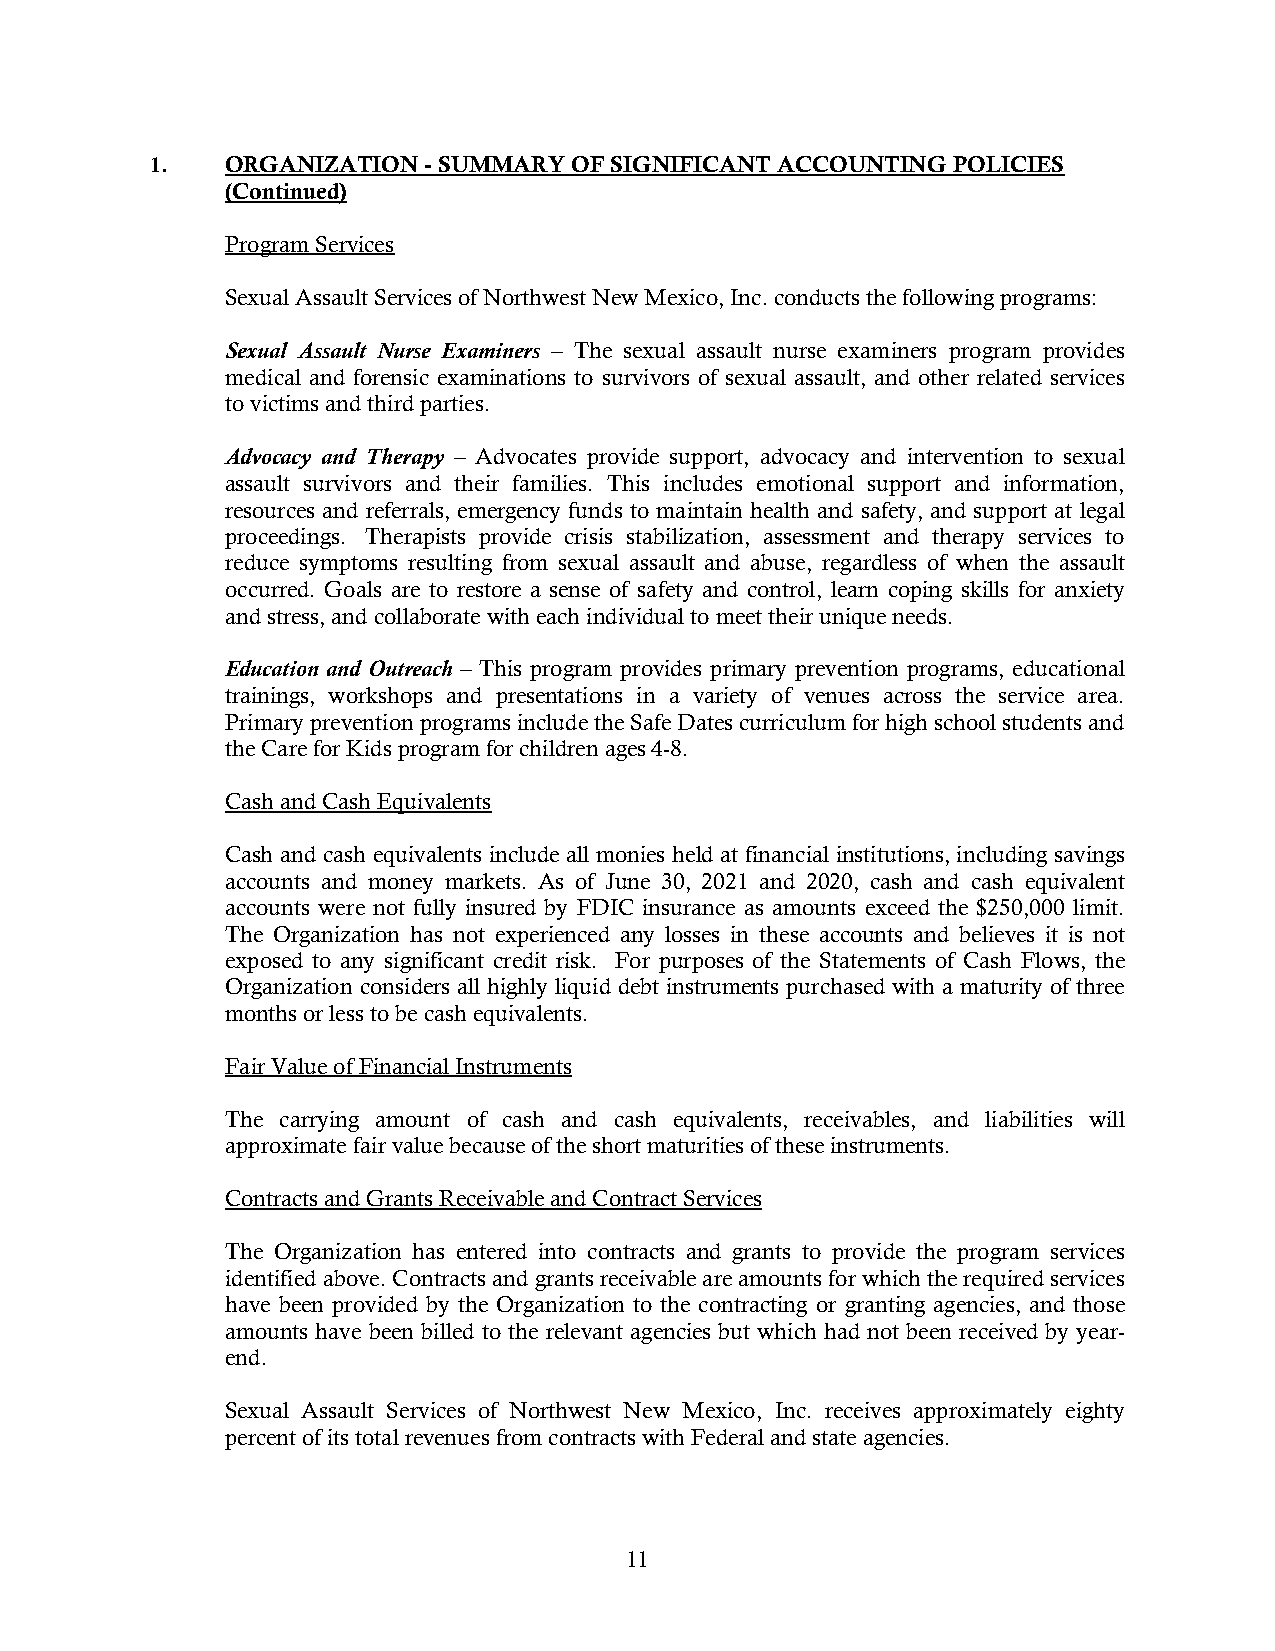
1.   ORGANIZATION - SUMMARY OF SIGNIFICANT ACCOUNTING POLICIES
 (Continued)
 Program Services
 Sexual Assault Services of Northwest New Mexico, Inc. conducts the following programs:
 Sexual Assault Nurse Examiners – The sexual assault nurse examiners program provides
 medical and forensic examinations to survivors of sexual assault, and other related services
 to victims and third parties.
 Advocacy and Therapy – Advocates provide support, advocacy and intervention to sexual
 assault survivors and their families. This includes emotional support and information,
 resources and referrals, emergency funds to maintain health and safety, and support at legal
 proceedings. Therapists provide crisis stabilization, assessment and therapy services to
 reduce symptoms resulting from sexual assault and abuse, regardless of when the assault
 occurred. Goals are to restore a sense of safety and control, learn coping skills for anxiety
 and stress, and collaborate with each individual to meet their unique needs.
 Education and Outreach – This program provides primary prevention programs, educational
 trainings, workshops and presentations in a variety of venues across the service area.
 Primary prevention programs include the Safe Dates curriculum for high school students and
 the Care for Kids program for children ages 4-8.
 Cash and Cash Equivalents
 Cash and cash equivalents include all monies held at financial institutions, including savings
 accounts and money markets. As of June 30, 2021 and 2020, cash and cash equivalent
 accounts were not fully insured by FDIC insurance as amounts exceed the $250,000 limit.
 The Organization has not experienced any losses in these accounts and believes it is not
 exposed to any significant credit risk. For purposes of the Statements of Cash Flows, the
 Organization considers all highly liquid debt instruments purchased with a maturity of three
 months or less to be cash equivalents.
 Fair Value of Financial Instruments
 The carrying amount of cash and cash equivalents, receivables, and liabilities will
 approximate fair value because of the short maturities of these instruments.
 Contracts and Grants Receivable and Contract Services
 The Organization has entered into contracts and grants to provide the program services
 identified above. Contracts and grants receivable are amounts for which the required services
 have been provided by the Organization to the contracting or granting agencies, and those
 amounts have been billed to the relevant agencies but which had not been received by year-
 end.
 Sexual Assault Services of Northwest New Mexico, Inc. receives approximately eighty
 percent of its total revenues from contracts with Federal and state agencies.
 11